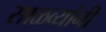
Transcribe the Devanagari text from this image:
साळव्यांनी